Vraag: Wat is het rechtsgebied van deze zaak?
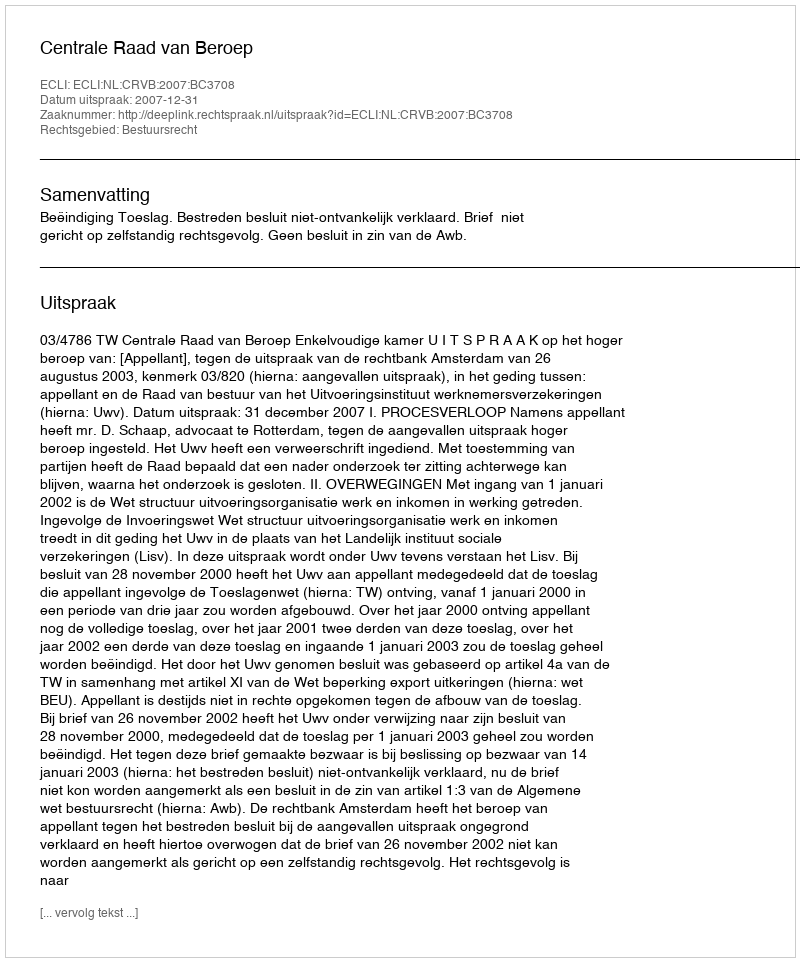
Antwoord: Bestuursrecht